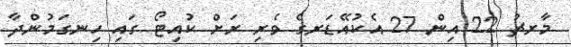
މާރޗު 22 އިން 27 އެކުއޭޑަރގެ ވެރި ރަށް ކުއިޓޯ ގައި ހިނގަމުންދާ